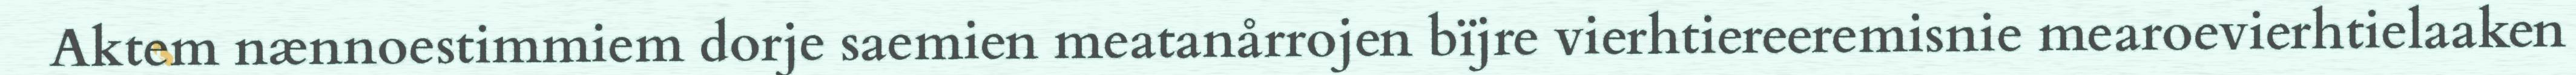
Aktem nænnoestimmiem dorje saemien meatanårrojen bïjre vierhtiereeremisnie mearoevierhtielaaken